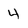
Character: 4